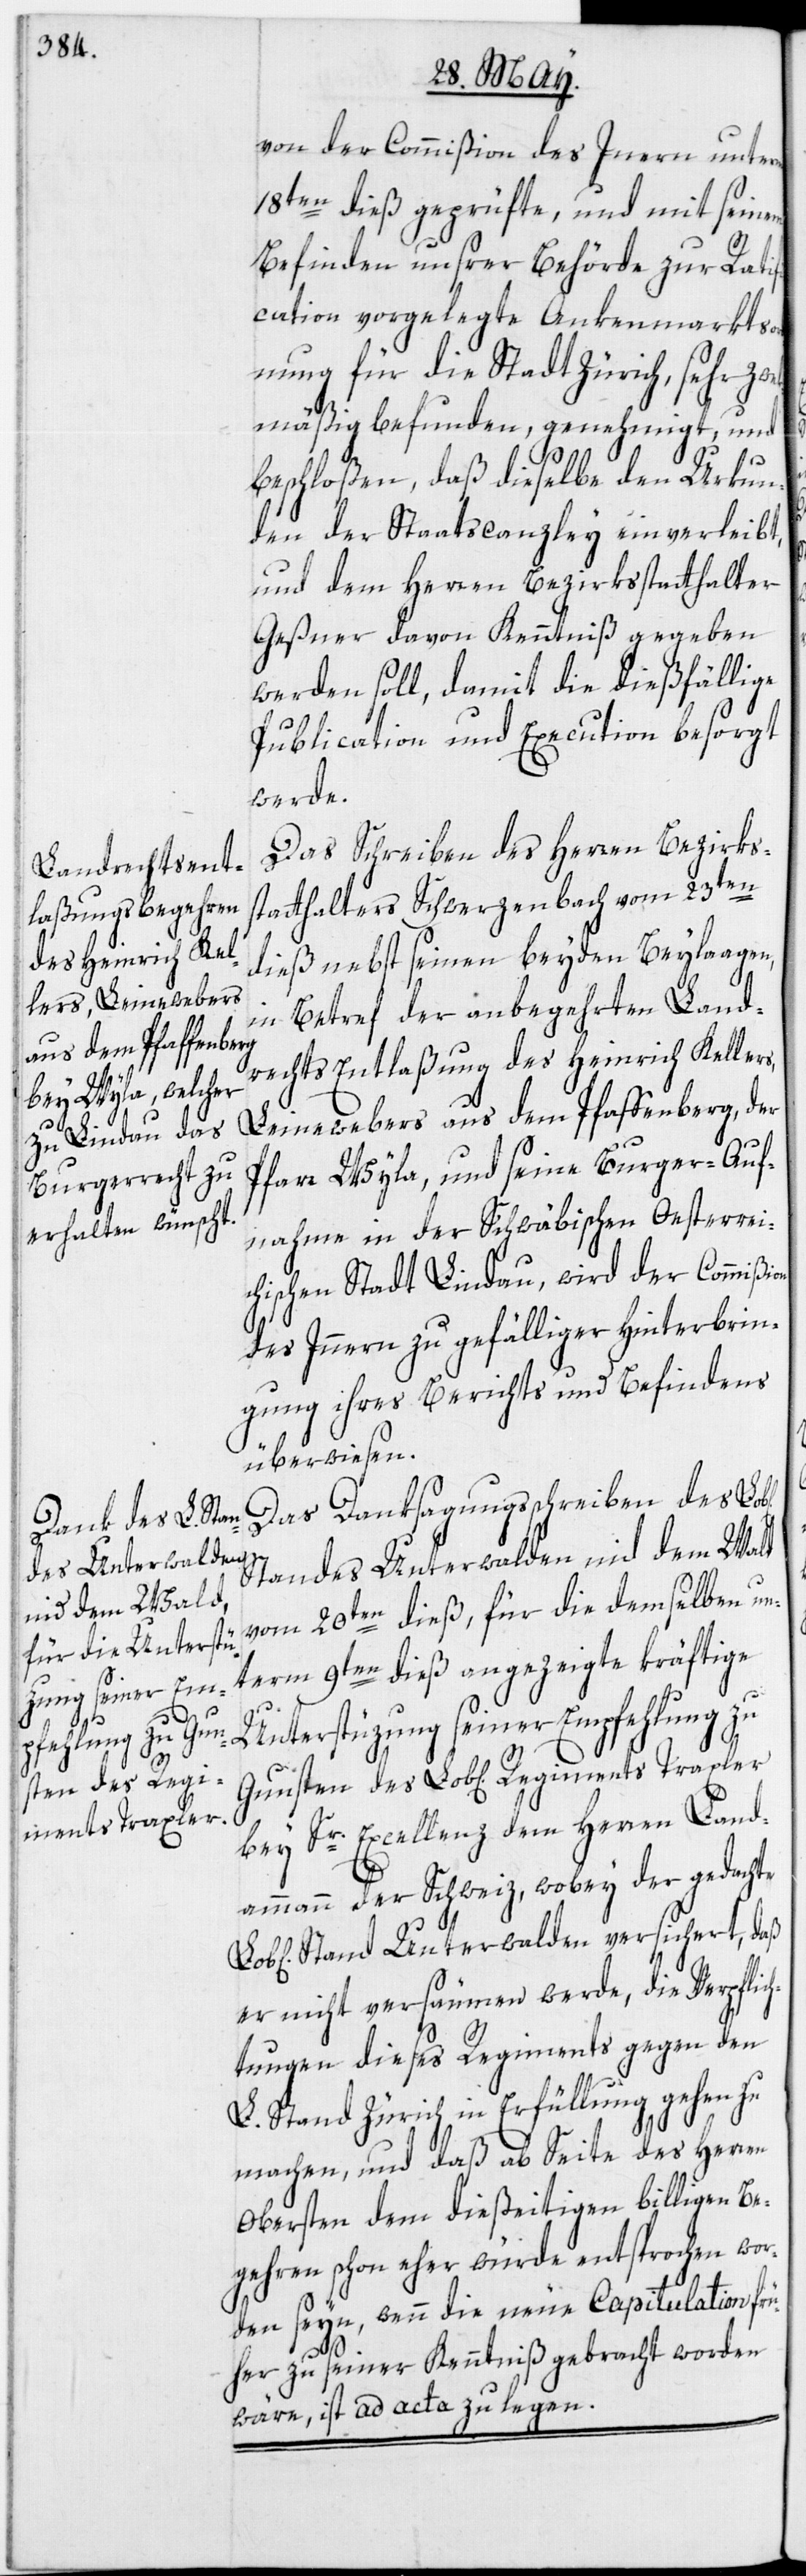
von der Commißion des In[n]ern unterm
18ten dieß geprüfte, und mit seinem
Befinden unsrer Behörde zur Rati¬
fication vorgelegte Ankenmarktsor¬
dnung für die Stadt Zürich, sehr zwek¬
mäßig befunden, genehmigt, und
beschloßen, daß dieselbe den Urkun¬
den der Staatscanzley einverleibt,
und dem Herren Bezirksstatthalter
Geßner davon Kenntniß gegeben
werden soll, damit die dießfällige
Publication und Execution besorgt
werde.
Das Schreiben des Herren Bezirks¬
statthalters Schwerzenbach vom 23ten
dieß nebst seinen beyden Beylaagen,
in Betref der anbegehrten Land¬
rechts Entlaßung des Heinrich Kellers,
Reg¬
Leinewebers aus dem Pfaffenberg, der
on
Pfarre Wyla, und seine Burger-Auf¬
nahme in der Schwäbischen Oesterrei¬
chischen Stadt Lindau, wird der Commißi¬
des Innern zu gefälliger Hinterbrin¬
gung ihres Berichts und Befindens
überwiesen.
Das Danksagungsschreiben des
Standes Unterwalden nid dem Wald
vom 20ten dieß, für die demselben un¬
term 9ten dieß angezeigte kräftige
Unterstüzung seiner Empfehlung zu
iments Traxler
bey Sr. Excellenz dem Herren Land¬
ammann der Schweiz, wobey der gedachte
Stand Unterwalden versichert, daß
er nicht versäumen werde, die Verpflich¬
tungen dieses Regiments gegen den
L. Stand Zürich in Erfüllung gehen zu
machen, und daß ab Seite des Herren
Obersten dem dießeitigen billigen Be¬
gehren schon eher würde entsprochen wor¬
den seyn, wenn die neue Capitulation frü¬
her zu seiner Kenntniß gebracht worden
wäre, ist ad acta zu legen.